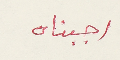
اجبناه